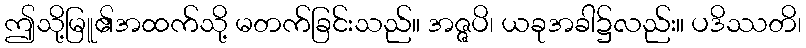
ဤသို့မြူ၏အထက်သို့ မတက်ခြင်းသည်။ အဇ္ဇပိ၊ ယခုအခါ၌လည်း။ ပဒိဿတိ၊